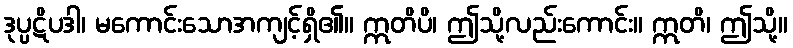
ဒုပ္ပဋိပဒါ၊ မကောင်းသောအကျင့်ရှိ၏။ ဣတိပိ၊ ဤသို့လည်းကောင်း။ ဣတိ၊ ဤသို့။